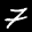
Label: 7